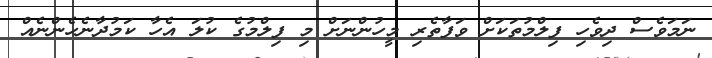
ނަމަވެސް ދިވެހި ފިލްމުތަކަށް ވަފާތެރި މީހުންނަށް މި ފިލްމުގެ ކުލަ އެހާ ކަމުދާނެހެންނެއް